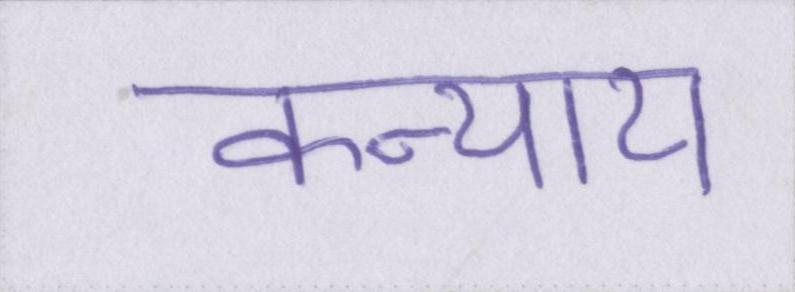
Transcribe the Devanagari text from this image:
कन्याय